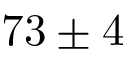
7 3 \pm 4